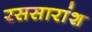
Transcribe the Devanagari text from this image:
रससारांश